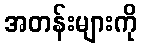
အတန်းများကို